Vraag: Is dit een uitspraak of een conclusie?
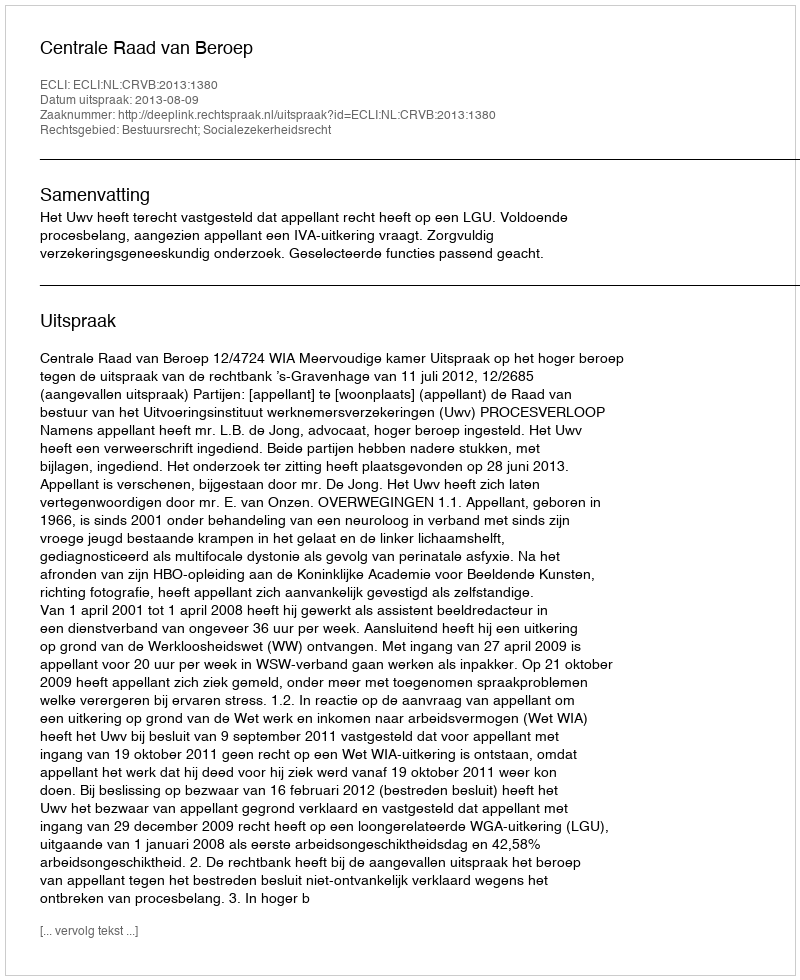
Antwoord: Uitspraak